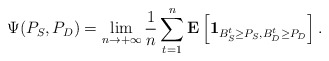
\begin{align*}\Psi(P_{S}, P_{D}) = \lim_{n \to +\infty} \frac{1}{n} \sum_{t = 1}^{n} \mathbf{E} \left[ \mathbf{1}_{B_{S}^{t} \geq P_{S}, B_{D}^{t} \geq P_{D} } \right].\end{align*}